Source: Handwritten
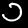
Digit: ၁ (1)